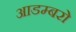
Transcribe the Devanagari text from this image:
आडम्बरो